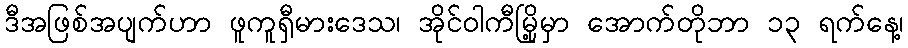
ဒီအဖြစ်အပျက်ဟာ ဖူကူရှီမားဒေသ၊ အိုင်ဝါကီမြို့မှာ အောက်တိုဘာ ၁၃ ရက်နေ့၊